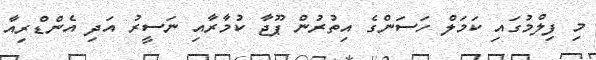
މި ފިލްމުގައި ކަމަލް ހަސަންގެ އިތުރުން ޕޫޖާ ކުމާރާއި ނަސީރު އަދި އެންޑްރިއާ